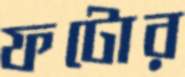
ফটোর